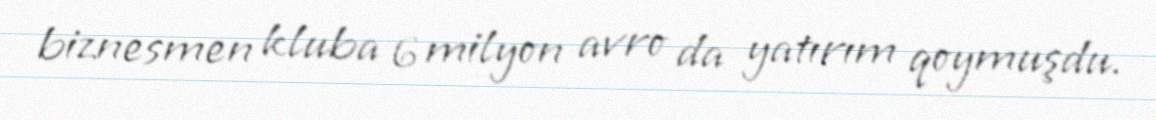
biznesmen kluba 6 milyon avro da yatırım qoymuşdu.